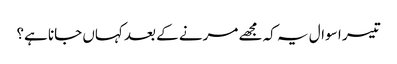
تیسر ا سوال یہ کہ مجھے مرنے کے بعد کہاں جانا ہے؟